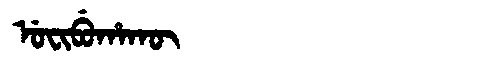
Manchu: ᡠᠸᡳᠪᡠᡥᠠᡴᡡ
Romanization: UFIBUHAKŪ